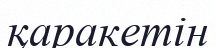
қаракетін